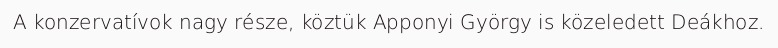
A konzervatívok nagy része, köztük Apponyi György is közeledett Deákhoz.